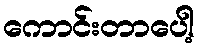
ကောင်းတာပေါ့